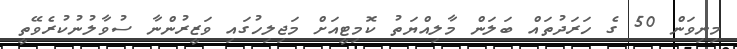
މިނިވަން 50 ގެ ހަރަދުތައް ބަލަން މާލިއްޔަތު ކޮމިޓީއަށް މަޖިލިހުގައި ވަޒީރުންނާ ސުވާލުނުކުރެވޭތީ